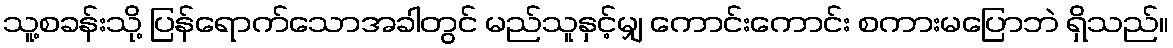
သူ့စခန်းသို့ ပြန်ရောက်သောအခါတွင် မည်သူနှင့်မျှ ကောင်းကောင်း စကားမပြောဘဲ ရှိသည်။